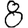
Digit: 8